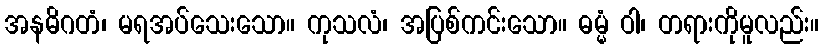
အနဓိဂတံ၊ မရအပ်သေးသော။ ကုသလံ၊ အပြစ်ကင်းသော။ ဓမ္မံ ဝါ၊ တရားကိုမူလည်း။